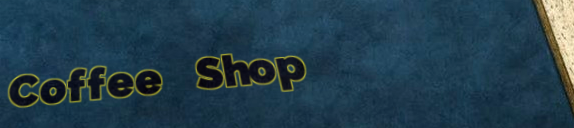
Coffee Shop